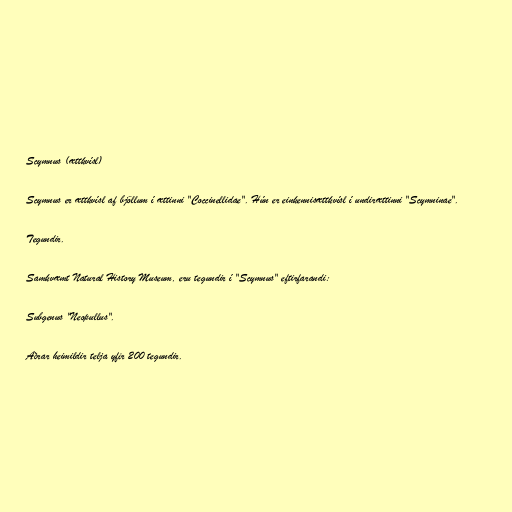
Scymnus (ættkvísl)

Scymnus er ættkvísl af bjöllum í ættinni "Coccinellidae". Hún er einkennisættkvísl í undirættinni "Scymninae".

Tegundir.

Samkvæmt Natural History Museum, eru tegundir í "Scymnus" eftirfarandi:

Subgenus "Neopullus".

Aðrar heimildir telja yfir 200 tegundir.